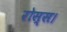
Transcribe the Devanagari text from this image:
रोस्स।